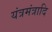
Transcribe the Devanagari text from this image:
यंत्रमंत्रादि